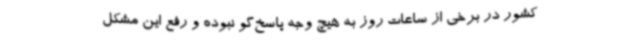
کشور در برخی از ساعات روز به هیچ وجه پاسخ‌گو نبوده و رفع این مشکل